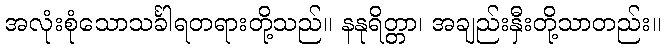
အလုံးစုံသောသင်္ခါရတရားတို့သည်။ နနုရိတ္တာ၊ အချည်းနှီးတို့သာတည်း။